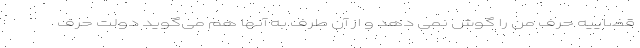
قضاییه حرف من را گوش نمی دهد و از آن طرف به آنها هم می‌گوید دولت حرف